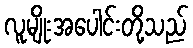
လူမျိုးအပေါင်းတို့သည်